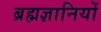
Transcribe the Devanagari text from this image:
ब्रह्मज्ञानियों